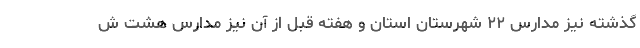
گذشته نیز مدارس ۲۲ شهرستان استان و هفته قبل از آن نیز مدارس هشت ش